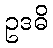
ဥဒဓိ